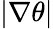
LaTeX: |\nabla\theta|